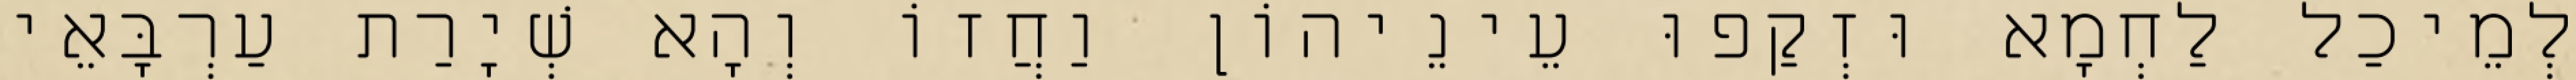
לְמֵיכַל לַחְמָא וּזְקַפוּ עֵינֵיהוֹן וַחֲזוֹ וְהָא שְׁיָרַת עַרְבָּאֵי